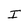
Character: I